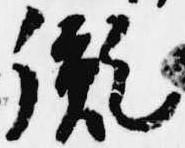
胤